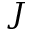
J